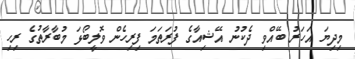
މިދިޔަ އަހަރު ބޭއްވި ދެކުނު އޭޝިއާގެ ފުރަތަމަ ފިރިހެން ވޮލީބޯޅަ މުބާރާތުގެ ރިހި